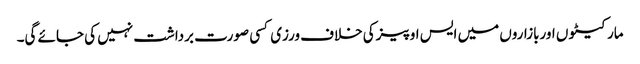
مارکیٹو ں اوربازاروں میں ایس او پیزکی خلاف ورزی کسی صورت برداشت نہیں کی جائے گی۔